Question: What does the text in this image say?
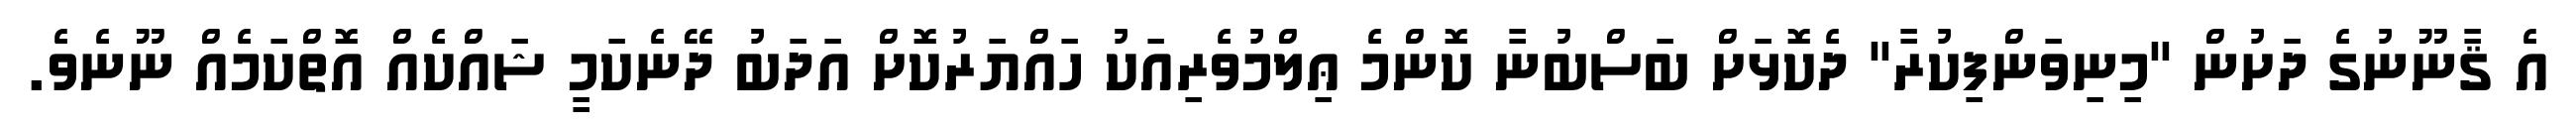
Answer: އެ ޤާނޫނުގެ ދަށުން "މިނިވަންފިކުރާ" ދެކޮޅަށް ބަސްބުނާ ކޮންމެ ޢިލްމުވެރިއަކު ހައްޔަރުކޮށް އަދަބު ދޭނެކަމީ ޝައްކެއް އޮތްކަމެއް ނޫނެވެ.